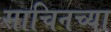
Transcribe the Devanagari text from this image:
साचिनच्या